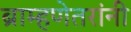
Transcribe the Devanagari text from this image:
ब्राम्हणेतरांनी